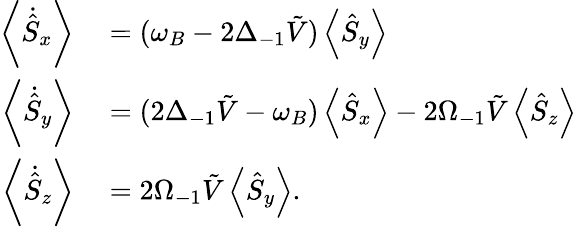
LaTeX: \begin{array}{rl}{\left\langle\dot{\hat{S}}_{x}\right\rangle}&{{}=(\omega_{B}-2\Delta_{-1}\tilde{V})\left\langle\hat{S}_{y}\right\rangle}\\ {\left\langle\dot{\hat{S}}_{y}\right\rangle}&{{}=(2\Delta_{-1}\tilde{V}-\omega_{B})\left\langle\hat{S}_{x}\right\rangle-2\Omega_{-1}\tilde{V}\left\langle\hat{S}_{z}\right\rangle}\\ {\left\langle\dot{\hat{S}}_{z}\right\rangle}&{{}=2\Omega_{-1}\tilde{V}\left\langle\hat{S}_{y}\right\rangle.}\end{array}